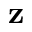
\bf z